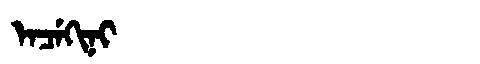
Manchu: ᡝᠨᠴᡝᡴᡳᠨᡳ
Romanization: ENCEKINI